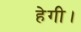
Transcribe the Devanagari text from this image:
हेगी।